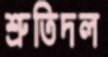
শ্রুতিদল